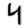
Digit: 4